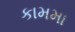
કામમા